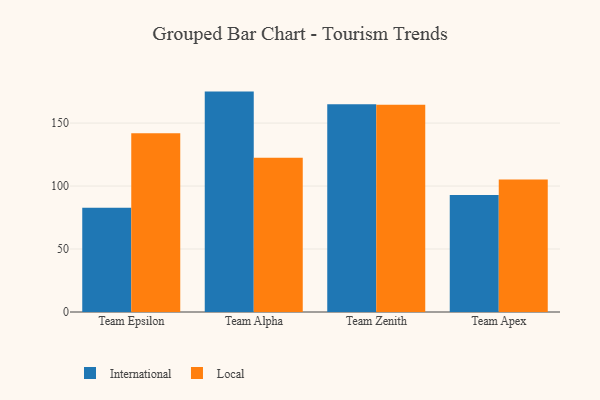
{"axis": {"x": "Team", "y": "Market Share (%)"}, "legend": ["International", "Local"], "data": [{"x": "Team Epsilon", "y": 82.7, "type": "International"}, {"x": "Team Epsilon", "y": 141.9, "type": "Local"}, {"x": "Team Alpha", "y": 175.0, "type": "International"}, {"x": "Team Alpha", "y": 122.5, "type": "Local"}, {"x": "Team Zenith", "y": 164.9, "type": "International"}, {"x": "Team Zenith", "y": 164.5, "type": "Local"}, {"x": "Team Apex", "y": 92.9, "type": "International"}, {"x": "Team Apex", "y": 105.3, "type": "Local"}]}